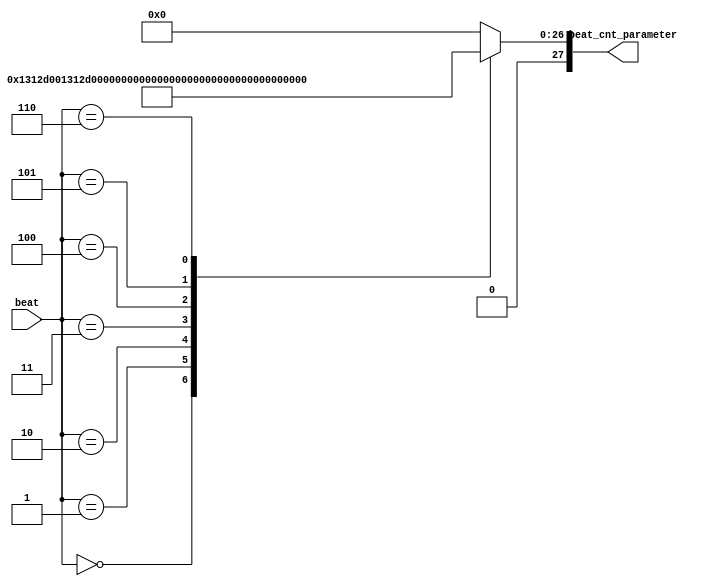
module beat_decoder(
    input        [3 :0]  beat,
    output  reg  [27:0]  beat_cnt_parameter
);

localparam beat_cnt_parameter_1  = 28'h4C4B400;//1  1600ms
localparam beat_cnt_parameter_2  = 28'h2625A00;//2  800ms
localparam beat_cnt_parameter_4  = 28'h1312D00;//4  400ms
localparam beat_cnt_parameter_8  = 28'h0989680;//8  200ms
localparam beat_cnt_parameter_16 = 28'h04C4B40;//16 100ms
localparam beat_cnt_parameter_32 = 28'h02625A0;//32 50ms
localparam beat_cnt_parameter_64 = 28'h01312D0;//64 25ms


always @(beat) begin
    case(beat)
    4'h0: beat_cnt_parameter = beat_cnt_parameter_1;
    4'h1: beat_cnt_parameter = beat_cnt_parameter_2;
    4'h2: beat_cnt_parameter = beat_cnt_parameter_4;
    4'h3: beat_cnt_parameter = beat_cnt_parameter_8;
    4'h4: beat_cnt_parameter = beat_cnt_parameter_16;
    4'h5: beat_cnt_parameter = beat_cnt_parameter_32;
    4'h6: beat_cnt_parameter = beat_cnt_parameter_64;
    default: beat_cnt_parameter = 28'h0;
    endcase
end

endmodule